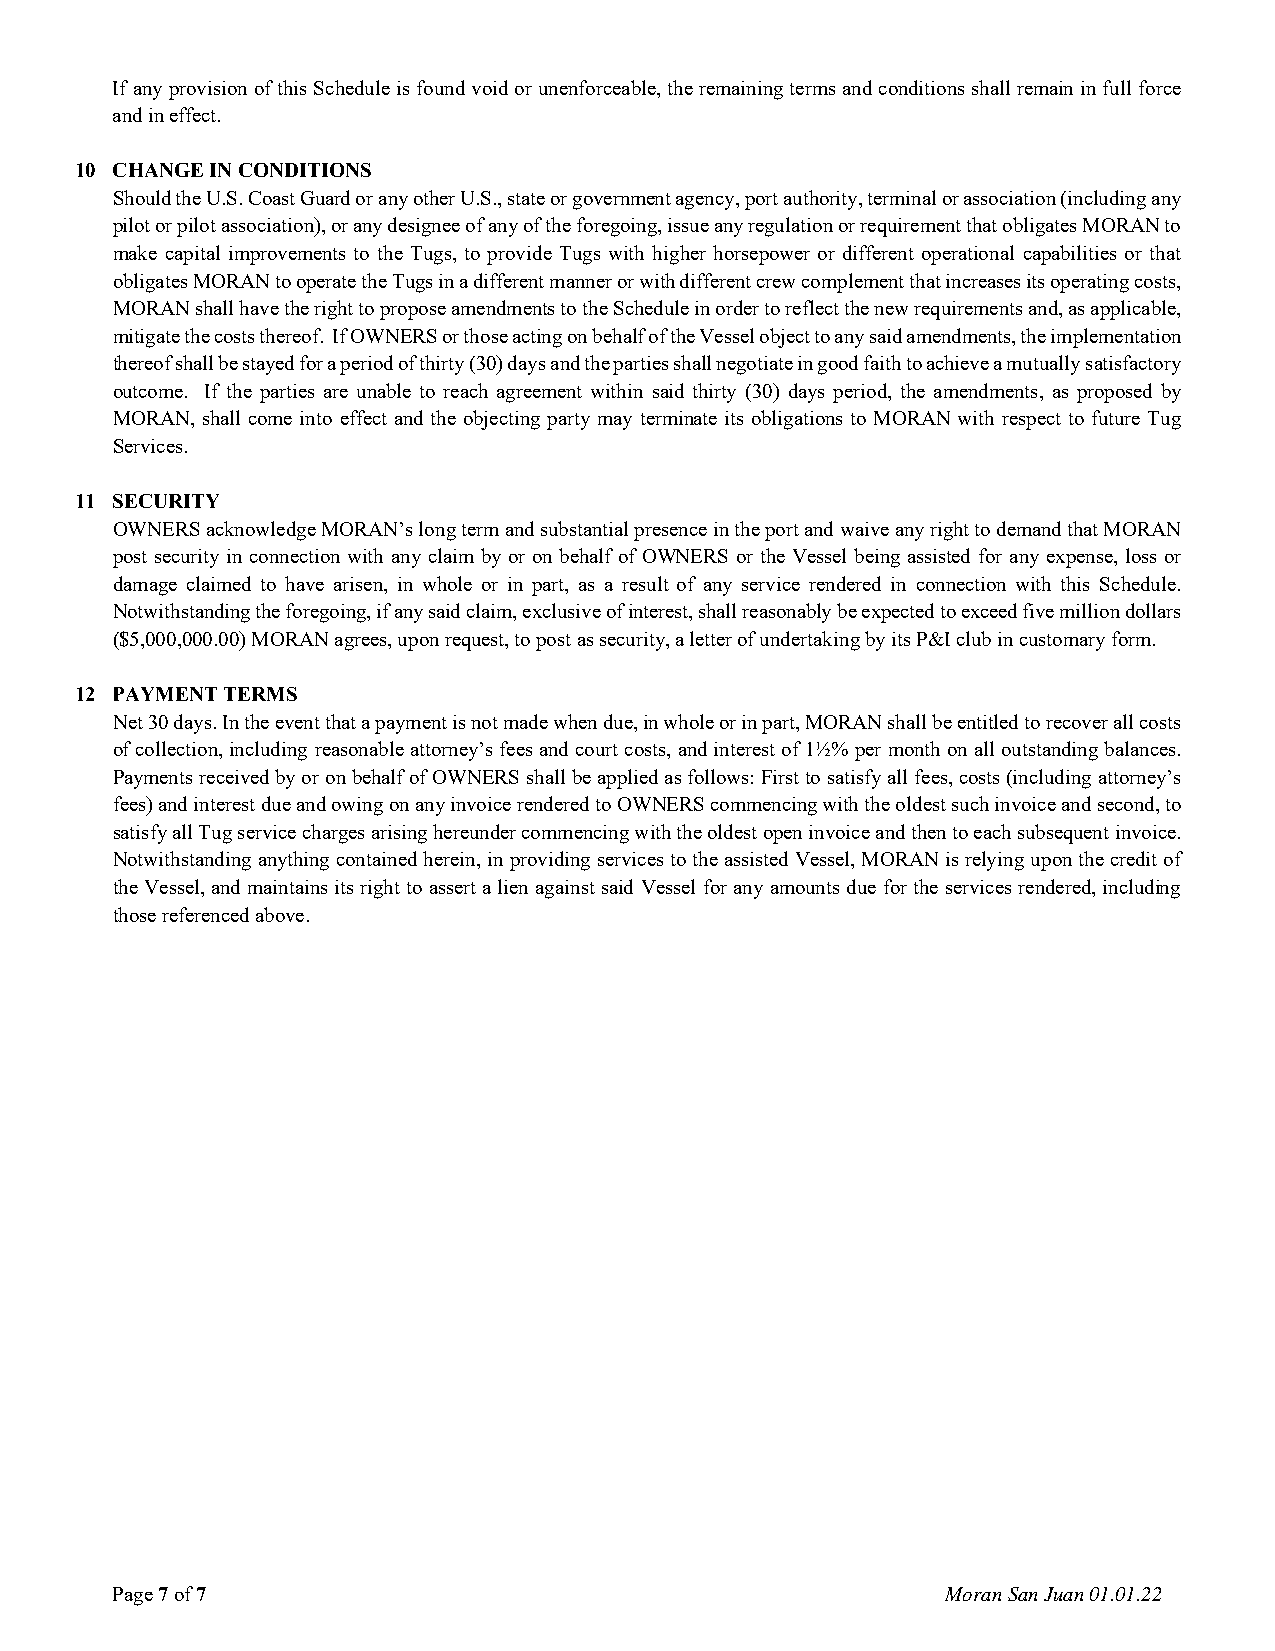
If any provision of this Schedule is found void or unenforceable, the remaining terms and conditions shall remain in full force
 and in effect.
 10 CHANGE IN CONDITIONS
 Should the U.S. Coast Guard or any other U.S., state or government agency, port authority, terminal or association (including any
 pilot or pilot association), or any designee of any of the foregoing, issue any regulation or requirement that obligates MORAN to
 make capital improvements to the Tugs, to provide Tugs with higher horsepower or different operational capabilities or that
 obligates MORAN to operate the Tugs in a different manner or with different crew complement that increases its operating costs,
 MORAN shall have the right to propose amendments to the Schedule in order to reflect the new requirements and, as applicable,
 mitigate the costs thereof. If OWNERS or those acting on behalf of the Vessel object to any said amendments, the implementation
 thereof shall be stayed for a period of thirty (30) days and the parties shall negotiate in good faith to achieve a mutually satisfactory
 outcome. If the parties are unable to reach agreement within said thirty (30) days period, the amendments, as proposed by
 MORAN, shall come into effect and the objecting party may terminate its obligations to MORAN with respect to future Tug
 Services.
 11 SECURITY
 OWNERS acknowledge MORAN’s long term and substantial presence in the port and waive any right to demand that MORAN
 post security in connection with any claim by or on behalf of OWNERS or the Vessel being assisted for any expense, loss or
 damage claimed to have arisen, in whole or in part, as a result of any service rendered in connection with this Schedule.
 Notwithstanding the foregoing, if any said claim, exclusive of interest, shall reasonably be expected to exceed five million dollars
 ($5,000,000.00) MORAN agrees, upon request, to post as security, a letter of undertaking by its P&I club in customary form.
 12 PAYMENT TERMS
 Net 30 days. In the event that a payment is not made when due, in whole or in part, MORAN shall be entitled to recover all costs
 of collection, including reasonable attorney’s fees and court costs, and interest of 1½% per month on all outstanding balances.
 Payments received by or on behalf of OWNERS shall be applied as follows: First to satisfy all fees, costs (including attorney’s
 fees) and interest due and owing on any invoice rendered to OWNERS commencing with the oldest such invoice and second, to
 satisfy all Tug service charges arising hereunder commencing with the oldest open invoice and then to each subsequent invoice.
 Notwithstanding anything contained herein, in providing services to the assisted Vessel, MORAN is relying upon the credit of
 the Vessel, and maintains its right to assert a lien against said Vessel for any amounts due for the services rendered, including
 those referenced above.
 Page 7 of 7                                             Moran San Juan 01.01.22